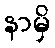
နာမှိ